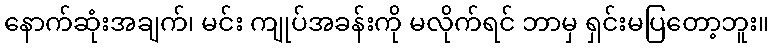
နောက်ဆုံးအချက်၊ မင်း ကျုပ်အခန်းကို မလိုက်ရင် ဘာမှ ရှင်းမပြတော့ဘူး။